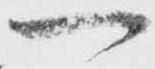
一